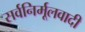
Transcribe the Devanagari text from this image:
सर्वनिर्मूलवादी